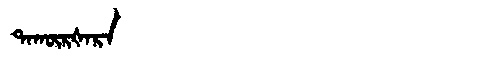
Manchu: ᡨᠠᡴᡡᡵᡧᠠᡵᠠ
Romanization: TAKŪRŠARA